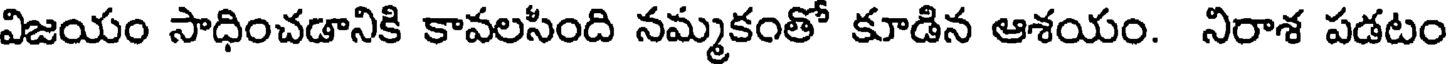
విజయం సాధించడానికి కావలసింది నమ్మకంతో కూడిన ఆశయం. నిరాశ పడటం